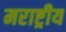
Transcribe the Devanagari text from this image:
मराष्ट्रीय